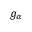
g _ { \alpha }